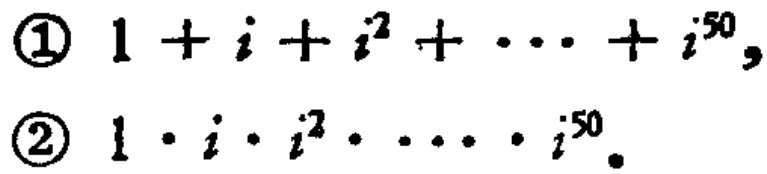
\textcircled{1} \(1 + i + i^{2}+\cdots + i^{50}\)，
\textcircled{2} \(1\cdot i\cdot i^{2}\cdots\cdot i^{50}\)。